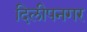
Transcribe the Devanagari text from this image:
दिलीपनगर